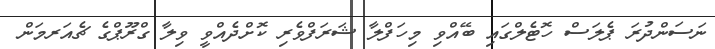
ނަސަންދުރަ ޕެލަސް ހޮޓެލްގައި ބޭއްވި މިހަފްލާ ޝަރަފްވެރި ކޮށްދެއްވީ ވިލާ ގްރޫޕްގެ ޗެއަރމަން